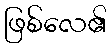
ဖြစ်လေ၏